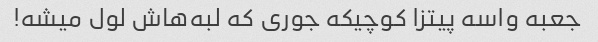
جعبه واسه پیتزا کوچیکه جوری که لبه‌هاش لول میشه!